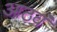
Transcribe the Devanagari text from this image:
आठवं